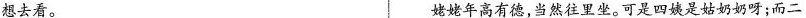
想去看。 姥姥年高有德，当然往里坐。可是四姨是姑奶奶呀；而二